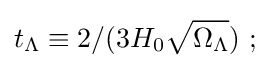
t_{\Lambda }\equiv 2/(3H_{0}{\sqrt {\Omega _{\Lambda }}})\ ;